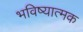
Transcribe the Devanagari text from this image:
भविष्यात्मक